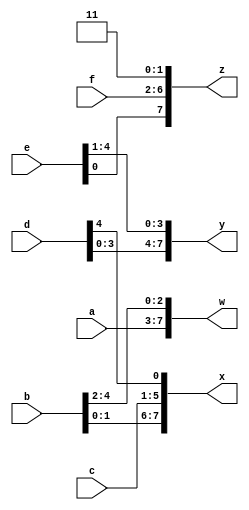
/* 16_vector3.v
 * concatenation operator
 * {3'b111, 3'b000} => 6'b111000
 * {1'b1, 1'b0, 3'b101} => 5'b10101
 * {4'ha, 4'd10} => 8'b10101010 // 4'ba and 4'b10 are both 4'b1010 in binary
 * Concatenation needs to know the width of every component
 * (or how would you know the length of the result?)
 * The concatenation operator can be used on both the left and right sides of assignments.
 * input [15:0] in;
 * output [23:0] out;
 * assign {out[7:0], out[15:8]} = in;   // Swap two bytes. Right and left
 *                                      // side are both 16-bit vectors.
 * assign out[15:0] = {in[7:0], in[15:8]};  // This is the same thing.
 * assign out = {in[7:0], in[15:8]};    // This is different. The 16-bit vector
 *                                      // on the right is extended to match the
 *                                      // 24-bit vector on the left, so out[23:16]
 *                                      // are zero.
 * // In the first two examples, out[23:16] are not assigned.
 */

module top_module (
    input [4:0] a, b, c, d, e, f,
    output [7:0] w, x, y, z );

    assign {w[7:0],x[7:0],y[7:0],z[7:0]} = {a[4:0],b[4:0],c[4:0],d[4:0],e[4:0],f[4:0],2'b11};

endmodule